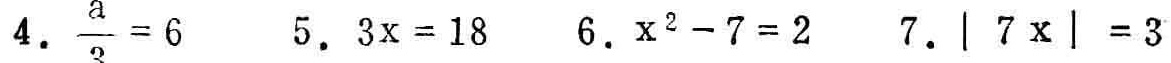
4. $\frac{a}{3}=6$  5. $3x = 18$  6. $x^{2}-7 = 2$  7. $|7x| = 3$